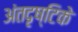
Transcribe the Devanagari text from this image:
अंतदृष्टिके